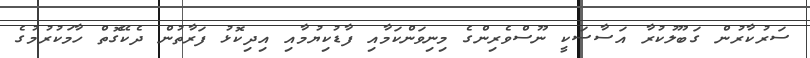
ސަރުކާރުން ގަބޫލުކުރާ އަސާސަކީ ނޫސްވެރިންގެ މިނިވަންކަމާއި ފާޑުކިޔުމާއި އިދިކޮޅު ފަރާތުން ދެކޭގޮތް ހާމަކުރުމުގެ